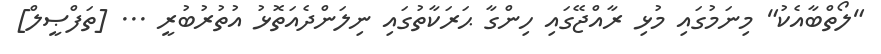
"ލޯތްބާއެކު" މިނަމުގައި މުޅި ރާއްޖޭގައި ހިންގާ ޙަރަކާތުގައި ނިލަންދެއަތޮޅު އުތުރުބުރީ ... [ތަފްޞީލް]